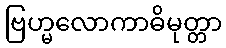
ဗြဟ္မလောကာဓိမုတ္တာ